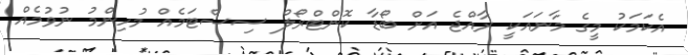
އެކަމަކު މީގެ މާނައަކީ ރާއްޖެ އަށް ބޯޑާ ކޮންޓްރޯލް ސިސްޓަމެއް މުހިންމު ނުވުމެއް